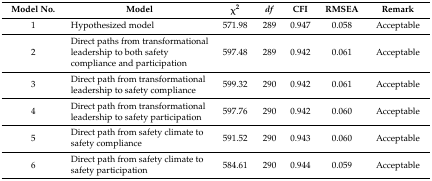
| Model No. | Model | χ2 | df | CFI | RMSEA | Remark |
 | --- | --- | --- | --- | --- | --- | --- |
 | 1 | Hypothesized model | 571.98 | 289 | 0.947 | 0.058 | Acceptable |
 | 2 | Direct paths from transformational leadership to both safety compliance and participation | 597.48 | 289 | 0.942 | 0.061 | Acceptable |
 | 3 | Direct path from transformational leadership to safety compliance | 599.32 | 290 | 0.942 | 0.061 | Acceptable |
 | 4 | Direct path from transformational leadership to safety participation | 597.76 | 290 | 0.942 | 0.060 | Acceptable |
 | 5 | Direct path from safety climate to safety compliance | 591.52 | 290 | 0.943 | 0.060 | Acceptable |
 | 6 | Direct path from safety climate to safety participation | 584.61 | 290 | 0.944 | 0.059 | Acceptable |